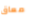
معاق